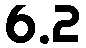
6.2